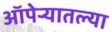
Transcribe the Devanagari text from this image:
ऑपेऱ्यातल्या